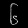
Digit: ၆